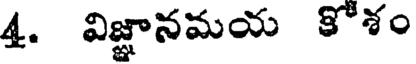
4. విజ్ఞానమయ కోశం